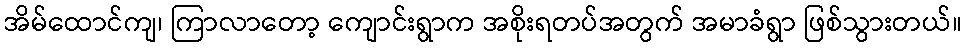
အိမ်ထောင်ကျ၊ ကြာလာတော့ ကျောင်းရွာက အစိုးရတပ်အတွက် အမာခံရွာ ဖြစ်သွားတယ်။